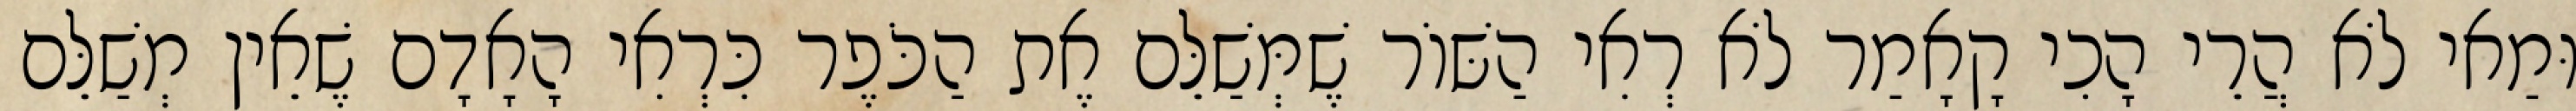
וּמַאי לֹא הֲרֵי הָכִי קָאָמַר לֹא רְאִי הַשּׁוֹר שֶׁמְּשַׁלֵּם אֶת הַכֹּפֶר כִּרְאִי הָאָדָם שֶׁאֵין מְשַׁלֵּם